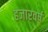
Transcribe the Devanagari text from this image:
हजारवर्ष